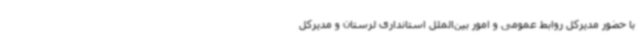
با حضور مدیرکل روابط عمومی و امور بین‌الملل استانداری لرستان و مدیرکل